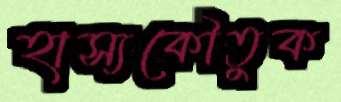
হাস্যকৌতুক